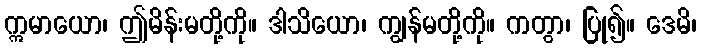
ဣမာယော၊ ဤမိန်းမတို့ကို။ ဒါသိယော၊ ကျွန်မတို့ကို။ ကတွာ၊ ပြု၍။ ဒေမိ၊